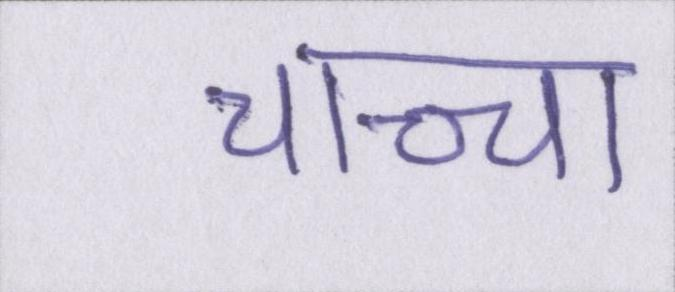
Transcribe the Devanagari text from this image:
चाच्चा